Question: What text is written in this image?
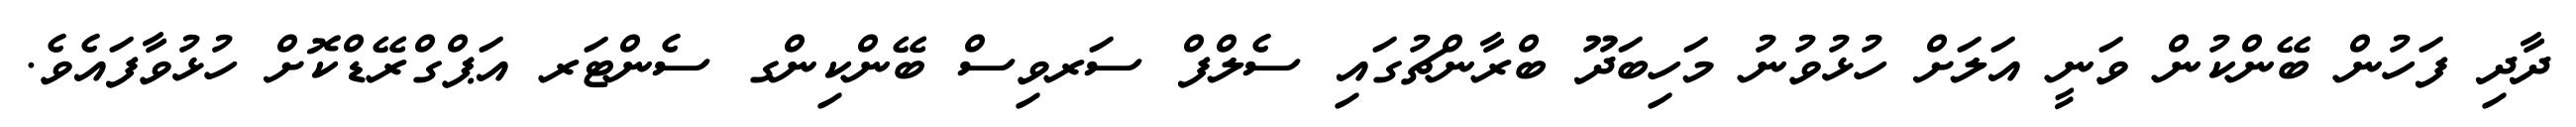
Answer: ދާދި ފަހުން ބޭންކުން ވަނީ އަލަށް ހުޅުވުނު މަހިބަދޫ ބްރާންޗުގައި ސެލްފް ސަރވިސް ބޭންކިންގ ސެންޓަރ އަޕްގްރޭޑްކޮށް ހުޅުވާފައެވެ.